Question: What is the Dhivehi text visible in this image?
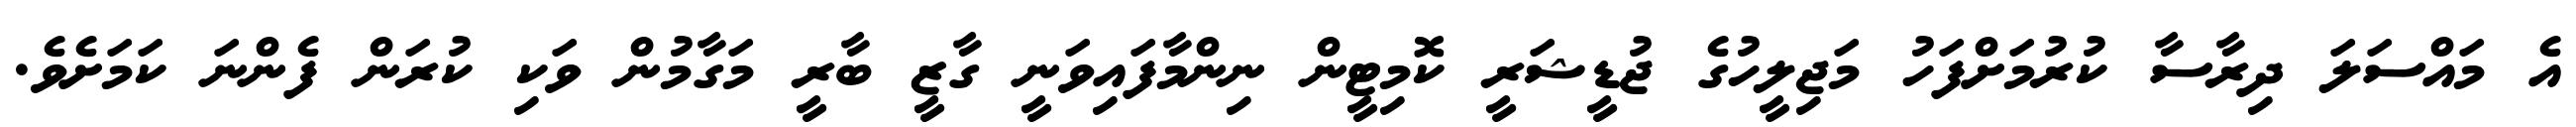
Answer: އެ މައްސަލަ ދިރާސާ ކުރުމަށްފަހު މަޖިލީހުގެ ޖުޑީޝަރީ ކޮމިޓީން ނިންމާފައިވަނީ ގާޒީ ބާރީ މަގާމުން ވަކި ކުރަން ފެންނަ ކަމަށެވެ.